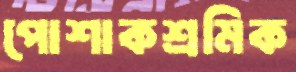
পোশাকশ্রমিক